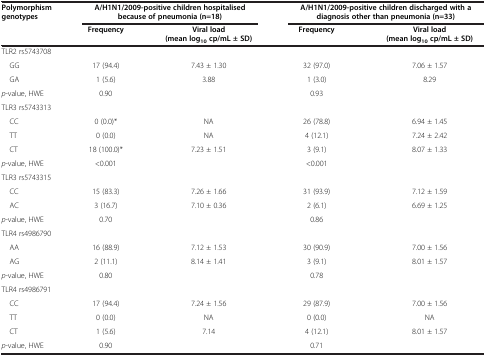
<table><thead><tr><td><b>Polymorphism genotypes</b></td><td colspan="2"><b>A/H1N1/2009-positive children hospitalised because of pneumonia(n=18)</b></td><td colspan="2"><b>A/H1N1/2009-positive children discharged with a diagnosis other than pneumonia(n=33)</b></td></tr><tr><td><b> </b></td><td><b>Frequency</b></td><td><b>Viral load (mean log<sub>10</sub>cp/mL ± SD)</b></td><td><b>Frequency</b></td><td><b>Viral load (mean log<sub>10</sub>cp/mL ± SD)</b></td></tr></thead><tbody><tr><td colspan="5">TLR2 rs5743708</td></tr><tr><td> GG</td><td>17 (94.4)</td><td>7.43 ± 1.30</td><td>32 (97.0)</td><td>7.06 ± 1.57</td></tr><tr><td> GA</td><td>1 (5.6)</td><td>3.88</td><td>1 (3.0)</td><td>8.29</td></tr><tr><td><i>p</i>-value, HWE</td><td>0.90</td><td> </td><td>0.93</td><td> </td></tr><tr><td colspan="5">TLR3 rs5743313</td></tr><tr><td> CC</td><td>0 (0.0)*</td><td>NA</td><td>26 (78.8)</td><td>6.94 ± 1.45</td></tr><tr><td> TT</td><td>0 (0.0)</td><td>NA</td><td>4 (12.1)</td><td>7.24 ± 2.42</td></tr><tr><td> CT</td><td>18 (100.0)*</td><td>7.23 ± 1.51</td><td>3 (9.1)</td><td>8.07 ± 1.33</td></tr><tr><td><i>p</i>-value, HWE</td><td>&lt;0.001</td><td> </td><td>&lt;0.001</td><td> </td></tr><tr><td colspan="5">TLR3 rs5743315</td></tr><tr><td> CC</td><td>15 (83.3)</td><td>7.26 ± 1.66</td><td>31 (93.9)</td><td>7.12 ± 1.59</td></tr><tr><td> AC</td><td>3 (16.7)</td><td>7.10 ± 0.36</td><td>2 (6.1)</td><td>6.69 ± 1.25</td></tr><tr><td><i>p</i>-value, HWE</td><td>0.70</td><td> </td><td>0.86</td><td> </td></tr><tr><td colspan="5">TLR4 rs4986790</td></tr><tr><td> AA</td><td>16 (88.9)</td><td>7.12 ± 1.53</td><td>30 (90.9)</td><td>7.00 ± 1.56</td></tr><tr><td> AG</td><td>2 (11.1)</td><td>8.14 ± 1.41</td><td>3 (9.1)</td><td>8.01 ± 1.57</td></tr><tr><td><i>p</i>-value, HWE</td><td>0.80</td><td> </td><td>0.78</td><td> </td></tr><tr><td colspan="5">TLR4 rs4986791</td></tr><tr><td> CC</td><td>17 (94.4)</td><td>7.24 ± 1.56</td><td>29 (87.9)</td><td>7.00 ± 1.56</td></tr><tr><td> TT</td><td>0 (0.0)</td><td>NA</td><td>0 (0.0)</td><td>NA</td></tr><tr><td> CT</td><td>1 (5.6)</td><td>7.14</td><td>4 (12.1)</td><td>8.01 ± 1.57</td></tr><tr><td><i>p</i>-value, HWE</td><td>0.90</td><td> </td><td>0.71</td><td> </td></tr></tbody></table>